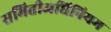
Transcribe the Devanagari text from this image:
समितीअधिनियम